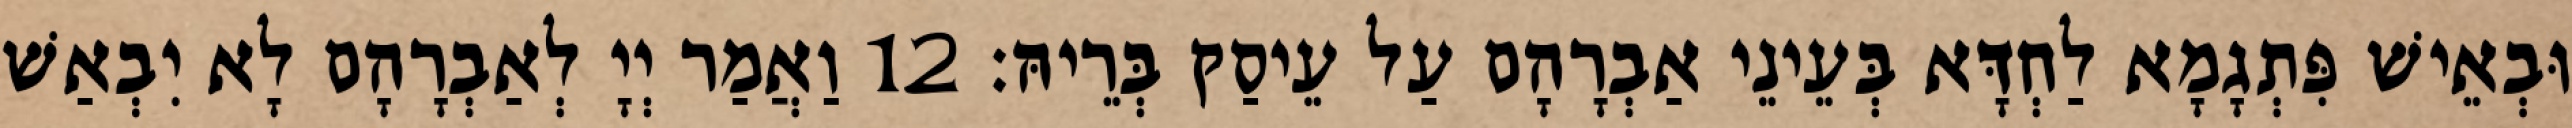
וּבְאֵישׁ פִּתְגָמָא לַחְדָּא בְּעֵינֵי אַבְרָהָם עַל עֵיסַק בְּרֵיהּ׃ 12 וַאֲמַר יְיָ לְאַבְרָהָם לָא יִבְאַשׁ